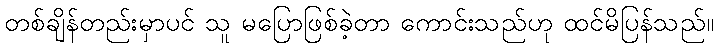
တစ်ချိန်တည်းမှာပင် သူ မပြောဖြစ်ခဲ့တာ ကောင်းသည်ဟု ထင်မိပြန်သည်။